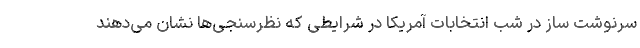
سرنوشت ساز در شب انتخابات آمریکا در شرایطی که نظرسنجی‌ها نشان می‌دهند